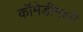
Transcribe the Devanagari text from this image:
कॉमेडीमध्ये